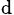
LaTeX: \mathrm{_d}